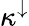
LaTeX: \kappa^{\downarrow}